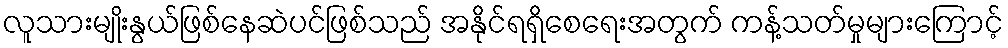
လူသားမျိုးနွယ်ဖြစ်နေဆဲပင်ဖြစ်သည် အနိုင်ရရှိစေရေးအတွက် ကန့်သတ်မှုများကြောင့်